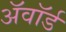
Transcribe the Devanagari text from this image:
अॅवॉर्ड